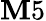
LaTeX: \mathbf{M}5